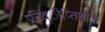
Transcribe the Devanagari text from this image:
प्रतिद्ीप्तिशील